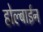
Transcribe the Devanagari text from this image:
होल्बाईन